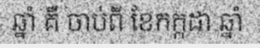
ឆ្នាំ គឺ ចាប់ពី ខែកក្កដា ឆ្នាំ